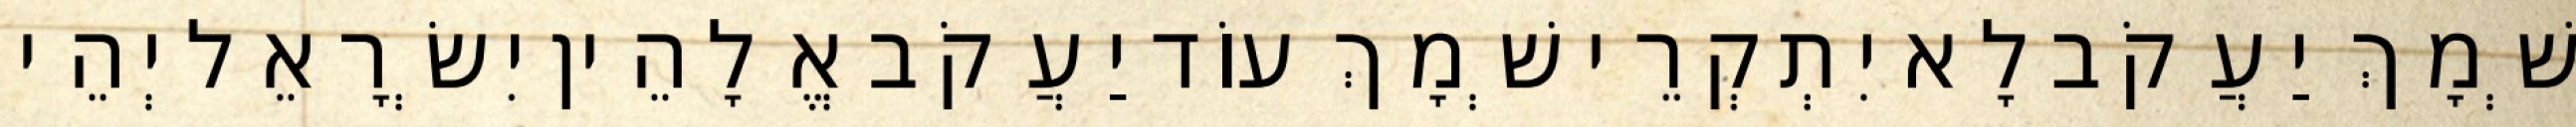
שְׁמָךְ יַעֲקֹב לָא יִתְקְרֵי שְׁמָךְ עוֹד יַעֲקֹב אֱלָהֵין יִשְׂרָאֵל יְהֵי